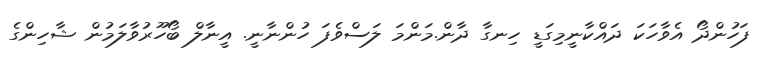
ފަހުންދޯ އެވާހަކަ ދައްކާނީމިގަޑީ ހިނގާ ދާން.މަންމަ ލަސްވެފަ ހުންނާނީ. އީނާލް ބޯހޫރުވާލަމުން ޝާހިންގެ